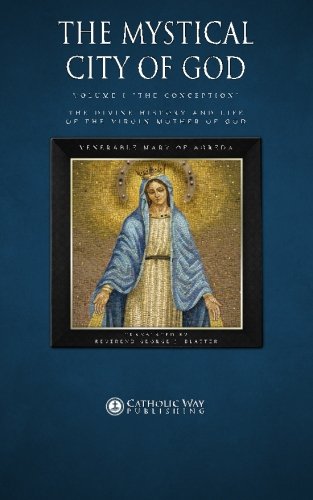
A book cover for The Mystical City of God, Volume I "The Conception": The Divine History and Life of the Virgin Mother of God (Volumes 1 to 4) (Volume 1); Venerable Mary of Agreda; Christian Books & Bibles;